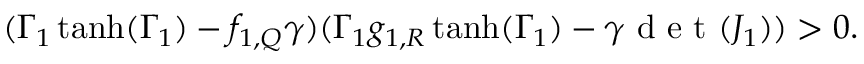
( \Gamma _ { 1 } \operatorname { t a n h } ( \Gamma _ { 1 } ) - f _ { 1 , Q } \gamma ) ( \Gamma _ { 1 } g _ { 1 , R } \operatorname { t a n h } ( \Gamma _ { 1 } ) - \gamma \mathrm { ~ d ~ e ~ t ~ } ( J _ { 1 } ) ) > 0 .